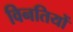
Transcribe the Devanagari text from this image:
विनतियों